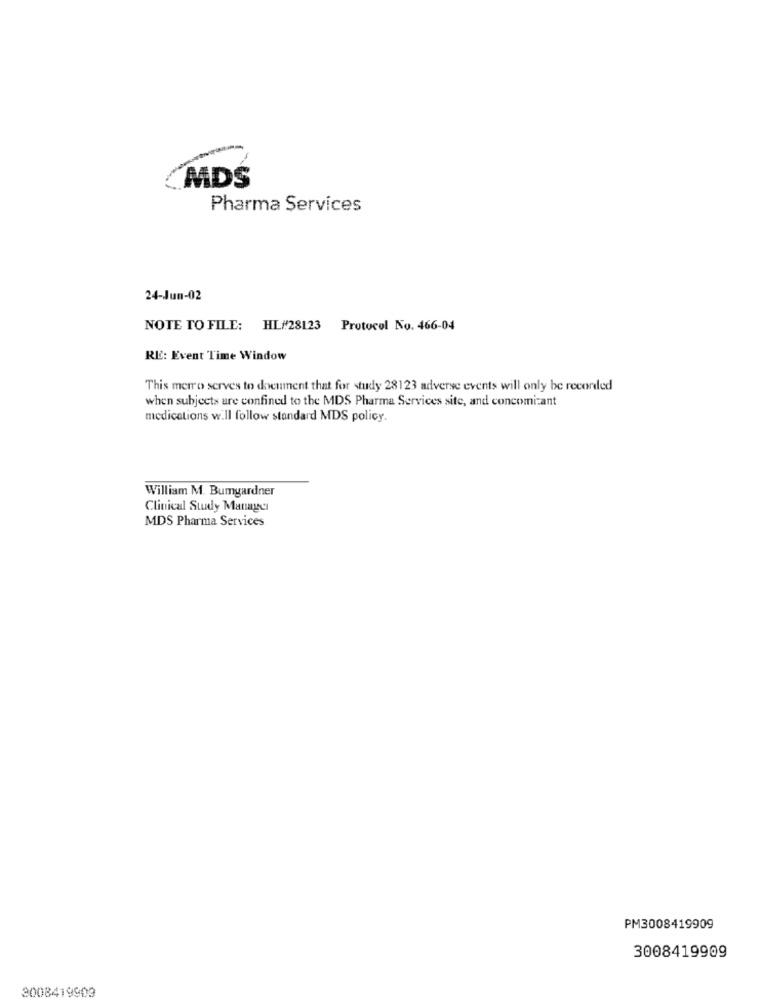
MDS
Pharma Services
24-Jun-02
NOTE TO FILE: HL/28123 Protocol No. 466-04
RE: Event Time Window
This merro serves to document that for study 28123 adverse events will only be recorded
when subjects are confined to the MDS Pharma Services site, and concomitant
medications will follow standard MDS policy.
William M. Bumgardner
Clinical Study Manager
MDS Pharma Services
PM3008419909
3008419909
3008419903